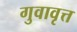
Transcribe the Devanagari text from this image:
गुवावृत्त